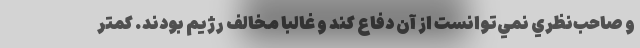
و صاحب‌نظري نمي‌توانست از آن دفاع كند و غالبا مخالف رژيم بودند. كمتر